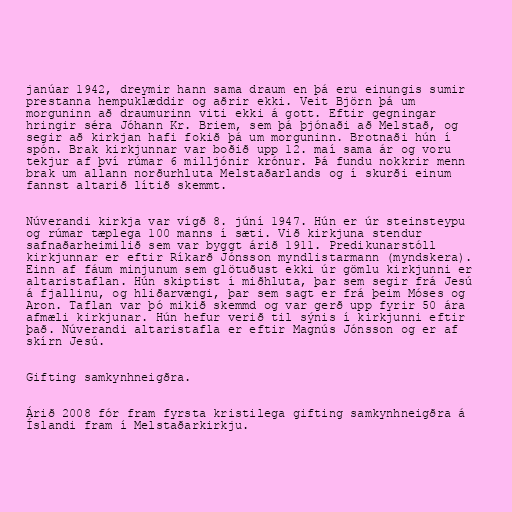
janúar 1942, dreymir hann sama draum en þá eru einungis sumir
prestanna hempuklæddir og aðrir ekki. Veit Björn þá um
morguninn að draumurinn viti ekki á gott. Eftir gegningar
hringir séra Jóhann Kr. Briem, sem þá þjónaði að Melstað, og
segir að kirkjan hafi fokið þá um morguninn. Brotnaði hún í
spón. Brak kirkjunnar var boðið upp 12. maí sama ár og voru
tekjur af því rúmar 6 milljónir krónur. Þá fundu nokkrir menn
brak um allann norðurhluta Melstaðarlands og í skurði einum
fannst altarið lítið skemmt.

Núverandi kirkja var vígð 8. júní 1947. Hún er úr steinsteypu
og rúmar tæplega 100 manns í sæti. Við kirkjuna stendur
safnaðarheimilið sem var byggt árið 1911. Predikunarstóll
kirkjunnar er eftir Ríkarð Jónsson myndlistarmann (myndskera).
Einn af fáum minjunum sem glötuðust ekki úr gömlu kirkjunni er
altaristaflan. Hún skiptist í miðhluta, þar sem segir frá Jesú
á fjallinu, og hliðarvængi, þar sem sagt er frá þeim Móses og
Aron. Taflan var þó mikið skemmd og var gerð upp fyrir 50 ára
afmæli kirkjunar. Hún hefur verið til sýnis í kirkjunni eftir
það. Núverandi altaristafla er eftir Magnús Jónsson og er af
skírn Jesú.

Gifting samkynhneigðra.

Árið 2008 fór fram fyrsta kristilega gifting samkynhneigðra á
Íslandi fram í Melstaðarkirkju.